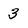
Character: 3